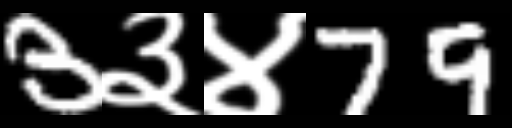
Text: 3३४79